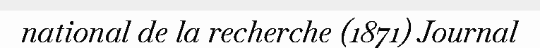
national de la recherche (1871) Journal